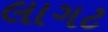
લાગટ